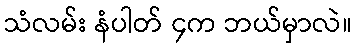
သံလမ်း နံပါတ် ၄က ဘယ်မှာလဲ။